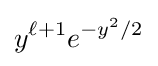
y^{\ell +1}e^{-y^{2}/2}